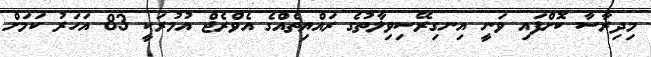
މިދިރާސާ ކޮށްފައި ވަނީ އިނގިރޭސިވިލާތުގެ ރައްޔިތެއްގެ އެވްރެޖް އުމުރަކީ 83 އަހަރު ކަމަށް